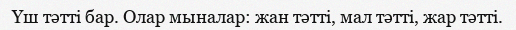
Үш тәтті бар. Олар мыналар: жан тәтті, мал тәтті, жар тәтті.